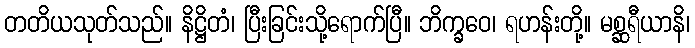
တတိယသုတ်သည်။ နိဋ္ဌိတံ၊ ပြီးခြင်းသို့ရောက်ပြီ။ ဘိက္ခဝေ၊ ရဟန်းတို့။ မစ္ဆရီယာနိ၊